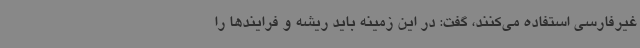
غیرفارسی استفاده می‌کنند، گفت: در این زمینه باید ریشه و فرایندها را